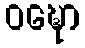
ဝဍ္ဎော